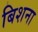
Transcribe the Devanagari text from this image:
बिशना